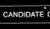
candidate